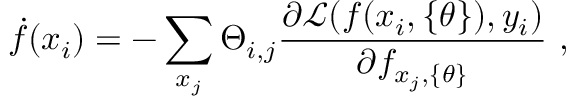
\centering \dot { f } ( x _ { i } ) = - \sum _ { x _ { j } } \Theta _ { i , j } \frac { \partial \mathcal { L } ( f ( x _ { i } , \{ \theta \} ) , y _ { i } ) } { \partial f _ { x _ { j } , \{ \theta \} } } ~ ,